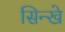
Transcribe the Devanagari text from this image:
सिन्खे